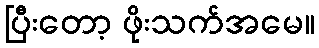
ပြီးတော့ ဖိုးသက်အမေ။